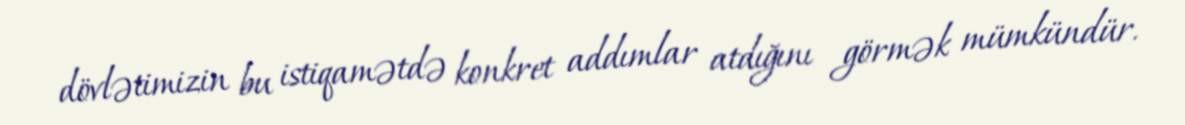
dövlətimizin bu istiqamətdə konkret addımlar atdığını görmək mümkündür.